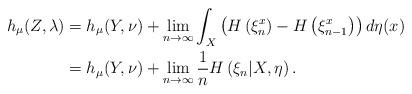
LaTeX: \begin{align*}h_{\mu}(Z,\lambda) & =h_{\mu}(Y,\nu)+\lim_{n\to\infty}\int_{X}\left(H\left(\xi_{n}^{x}\right)-H\left(\xi_{n-1}^{x}\right)\right)d\eta(x)\\ & =h_{\mu}(Y,\nu)+\lim_{n\to\infty}\frac{1}{n}H\left(\xi_{n}|X,\eta\right).\end{align*}